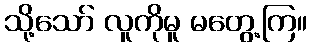
သို့သော် လူကိုမူ မတွေ့ကြ။